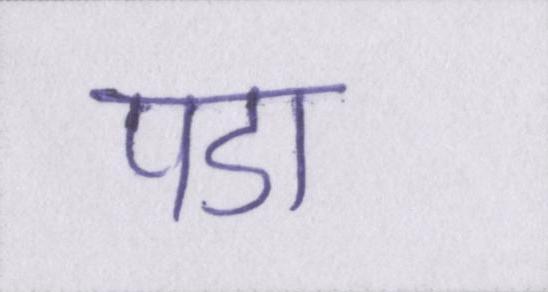
पडा